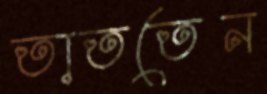
তাততেন